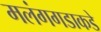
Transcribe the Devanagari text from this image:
मलंगगडाकडे